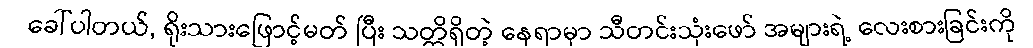
ခေါ်ပါတယ်, ရိုးသားဖြောင့်မတ် ပြီး သတ္တိရှိတဲ့ နေရာမှာ သီတင်းသုံးဖော် အများရဲ့ လေးစားခြင်းကို